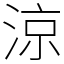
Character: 涼